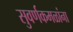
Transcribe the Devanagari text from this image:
सुवर्णकमळांना